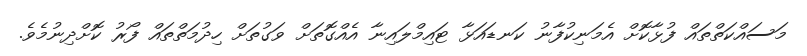
މަސައްކަތްތައް ފުޅާކޮށް އެމަނިކުފާނު ކަނޑައަޅާ ޓައިމްލައިނާ އެއްގޮތަށް ވަގުތަށް ހިދުމަތްތައް ފޯރު ކޮށްދިނުމެވެ.